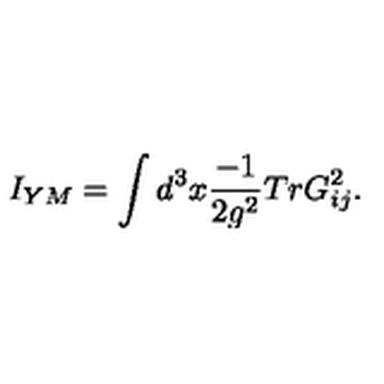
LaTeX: I _ { Y M } = \int d ^ { 3 } x \frac { - 1 } { 2 g ^ { 2 } } T r G _ { i j } ^ { 2 } .